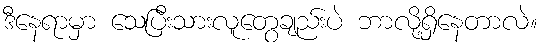
ဒီနေရာမှာ သေပြီးသားလူတွေချည်းပဲ ဘာလို့ရှိနေတာလဲ။